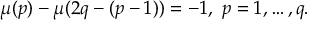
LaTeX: \mu ( p ) - \mu ( 2 q - ( p - 1 ) ) = - 1 , \mathtt { \ } p = 1 , \dots , q .